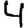
Digit: 4